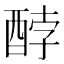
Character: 𮠫